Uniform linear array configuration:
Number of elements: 48
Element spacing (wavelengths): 0.75
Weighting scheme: exponential
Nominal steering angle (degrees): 0
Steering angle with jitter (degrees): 1.991
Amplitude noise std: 0.05
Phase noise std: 0.05

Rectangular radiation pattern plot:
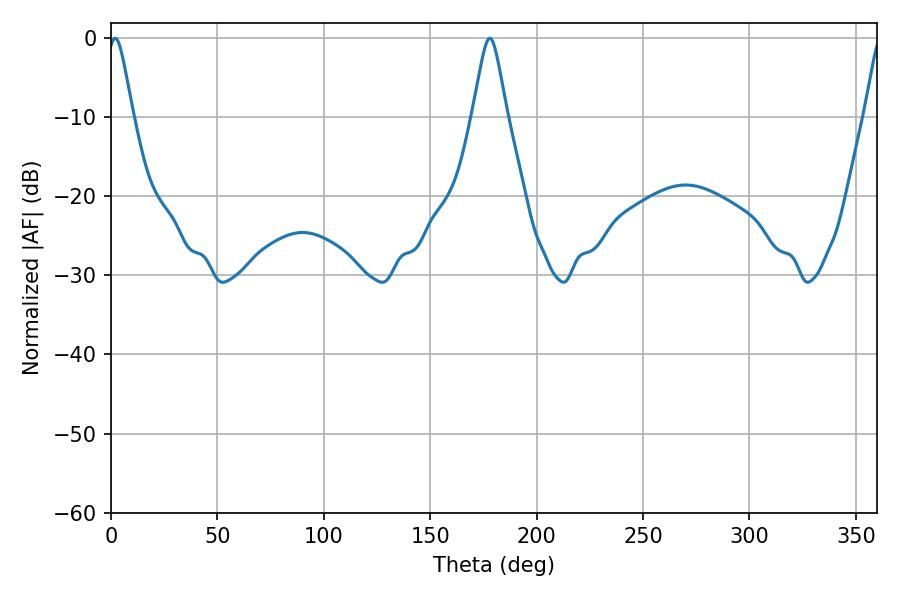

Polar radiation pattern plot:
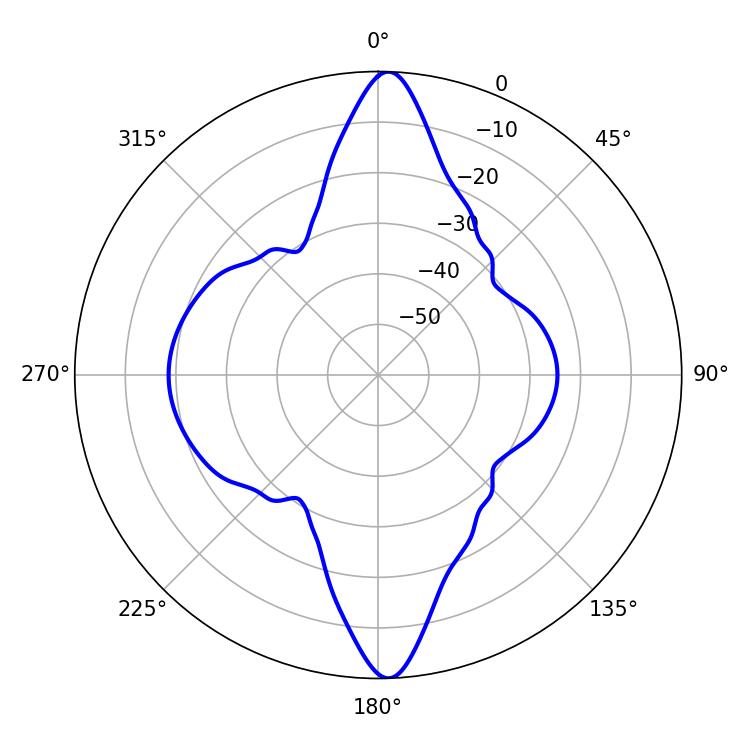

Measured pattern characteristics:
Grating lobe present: TRUE
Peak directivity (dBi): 27.402
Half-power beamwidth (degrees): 5.94
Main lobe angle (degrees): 1.98